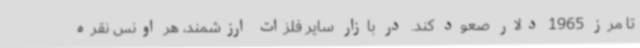
تا مرز 1965 دلار صعود کند. در بازار سایر فلزات ارزشمند، هر اونس نقره